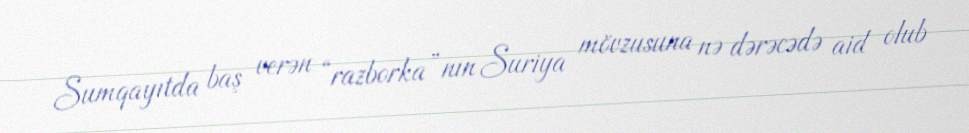
Sumqayıtda baş verən “razborka”nın Suriya mövzusuna nə dərəcədə aid olub